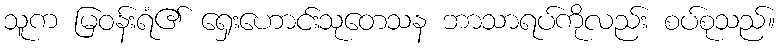
သူက မြဝန်းရံ၏ ရှေးဟောင်းသုတေသန ဘာသာရပ်ကိုလည်း စပ်စုသည်။